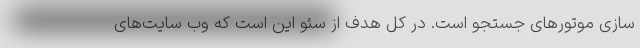
سازی موتورهای جستجو است. در کل هدف از سئو این است که وب سایت‌های